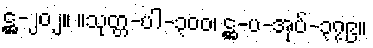
ဋ္ဌ-၂၀၂။ ။သုတ္တ-ပါ-၃၀၀၊ ဋ္ဌ-ပ-အုပ်-၃၇၉။